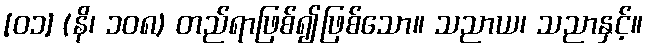
[၀၁] (နိ၊ ၁၀၈) တည်ရာဖြစ်၍ဖြစ်သော။ သညာယ၊ သညာနှင့်။